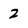
Character: 2